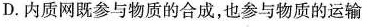
D.内质网既参与物质的合成，也参与物质的运输